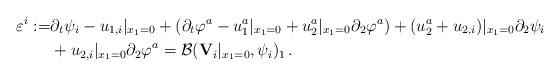
LaTeX: \begin{align*}\varepsilon^i:=&\partial_t\psi_i-u_{1,i}\vert_{x_1=0}+(\partial_t\varphi^a-u_1^a\vert_{x_1=0}+u_2^a\vert_{x_1=0}\partial_2\varphi^a)+(u^a_2+u_{2,i})\vert_{x_1=0}\partial_2\psi_i\\&+u_{2,i}\vert_{x_1=0}\partial_2\varphi^a=\mathcal B({\mathbf V}_i\vert_{x_1=0},\psi_i)_1\,.\end{align*}